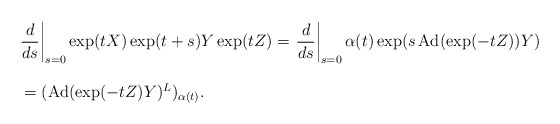
\begin{align*} \begin{array}{lll}&& \displaystyle{\left.\frac{d}{ds}\right|_{s=0}\exp (tX) \exp (t+s)Y \exp(tZ)}=\displaystyle{\left.\frac{d}{ds}\right|_{s=0}\alpha(t) \exp (s\operatorname{Ad}(\exp (-tZ))Y)}\ \\\\&&\ =(\operatorname{Ad}(\exp (-tZ)Y)^L)_{\alpha(t)}. \end{array}\end{align*}